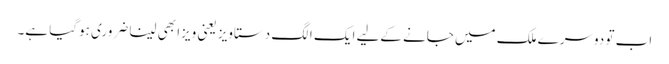
اب تو دوسرے ملک میں جانے کےلیے ایک الگ دستاویز یعنی ویزا بھی لینا ضروری ہوگیا ہے۔